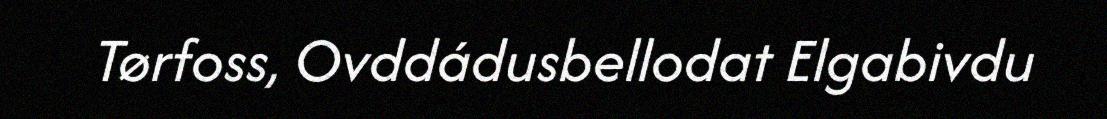
Tørfoss, Ovddádusbellodat Elgabivdu